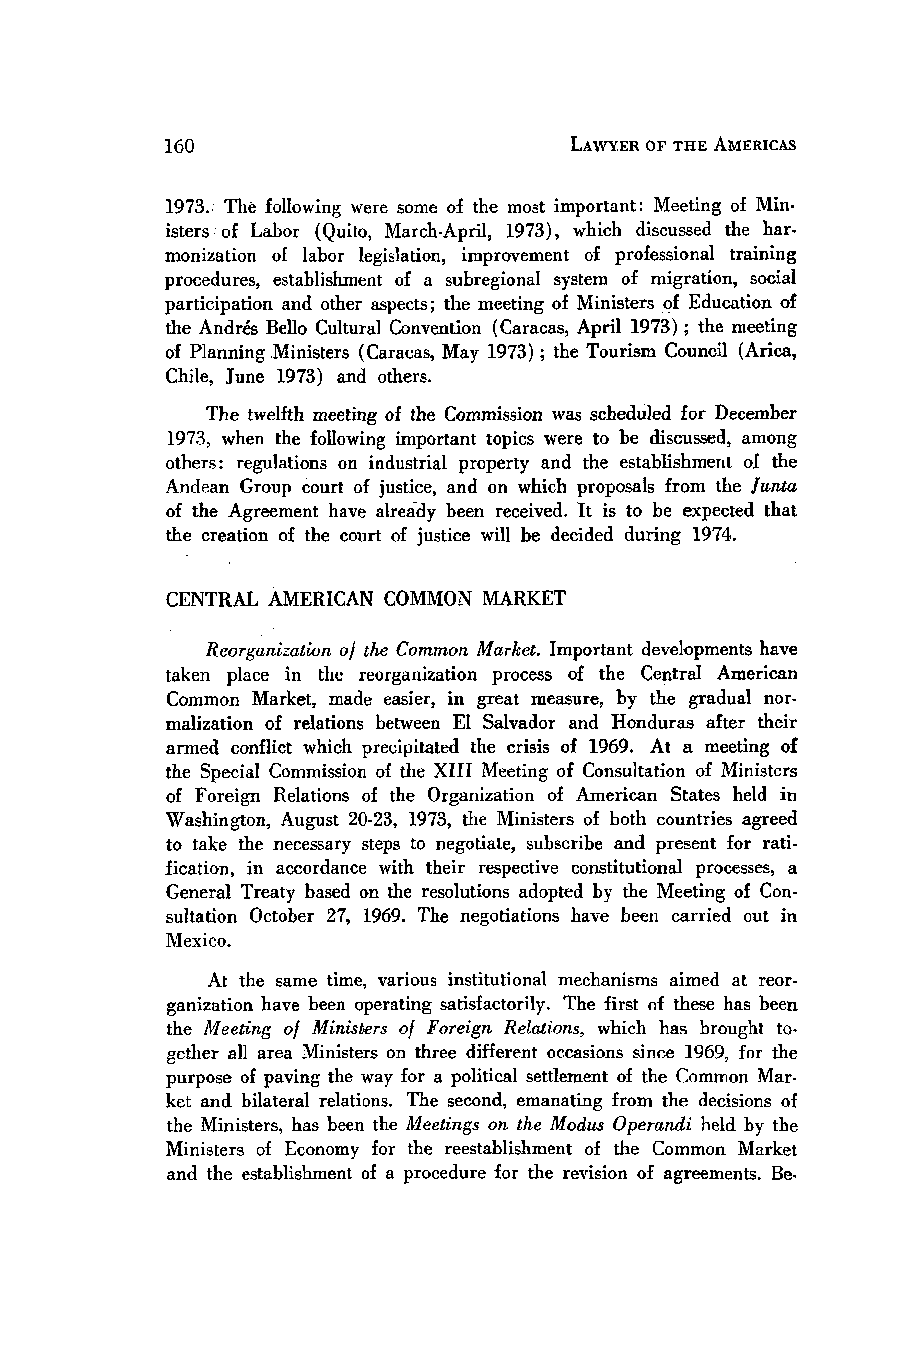
LAWYER OF THE AMERICAS
 1973. The following were some of the most important: Meeting of Min-
 isters of Labor (Quito, March-April, 1973), which discussed the har-
 monization of labor legislation, improvement of professional training
 procedures, establishment of a subregional system of migration, social
 participation and other aspects; the meeting of Ministers of Education of
 the Andris Bello Cultural Convention (Caracas, April 1973) ; the meeting
 of Planning .Ministers (Caracas, May 1973); the Tourism Council (Arica,
 Chile, June 1973) and others.
 The twelfth meeting of the Commission was scheduled for December
 1973, when the following important topics were to be discussed, among
 others: regulations on industrial property and the establishment of the
 Andean Group court of justice, and on which proposals from the lnta
 of the Agreement have already been received. It is to be expected that
 the creation of the court of justice will be decided during 1974.
 CENTRAL AMERICAN COMMON MARKET
 Reorganization o] the Common Market. Important developments have
 taken place in the reorganization process of the Central American
 Common Market, made easier, in great measure, by the gradual nor-
 malization of relations between El Salvador and Honduras after their
 armed conflict which precipitated the crisis of 1969. At a meeting of
 the Special Commission of the XIII Meeting of Consultation of Ministers
 of Foreign Relations of the Organization of American States held in
 Washington, August 20-23, 1973, the Ministers of both countries agreed
 to take the necessary steps to negotiate, subscribe and present for rati-
 fication, in accordance with their respective constitutional processes, a
 General Treaty based on the resolutions adopted by the Meeting of Con-
 sultation October 27, 1969. The negotiations have been carried out in
 Mexico.
 At the same time, various institutional mechanisms aimed at reor-
 ganization have been operating satisfactorily. The first of these has been
 the Meeting of Ministers of Foreign Relations, which has brought to-
 gether all area Ministers on three different occasions since 1969, for the
 purpose of paving the way for a political settlement of the Common Mar.
 ket and bilateral relations. The second, emanating from the decisions of
 the Ministers, has been the Meetings on the Modus Operandi held by the
 Ministers of Economy for the reestablishment of the Common Market
 and the establishment of a procedure for the revision of agreements. Be.